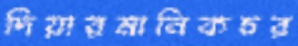
দিয়ারমানিকচর